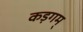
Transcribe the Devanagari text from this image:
कड़गम्‌